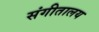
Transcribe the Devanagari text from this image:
संगीतालय